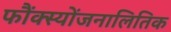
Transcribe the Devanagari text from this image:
फौंक्स्योंजनालितिक